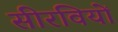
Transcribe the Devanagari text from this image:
सीरवियों